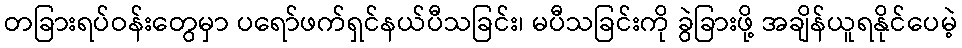
တခြားရပ်ဝန်းတွေမှာ ပရော်ဖက်ရှင်နယ်ပီသခြင်း၊ မပီသခြင်းကို ခွဲခြားဖို့ အချိန်ယူရနိုင်ပေမဲ့